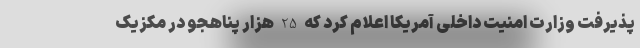
پذیرفت وزارت امنیت داخلی آمریکا اعلام کرد که 25 هزار پناهجو در مکزیک